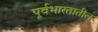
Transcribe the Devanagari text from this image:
पूर्वभारतातील